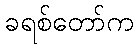
ခရစ်တော်က